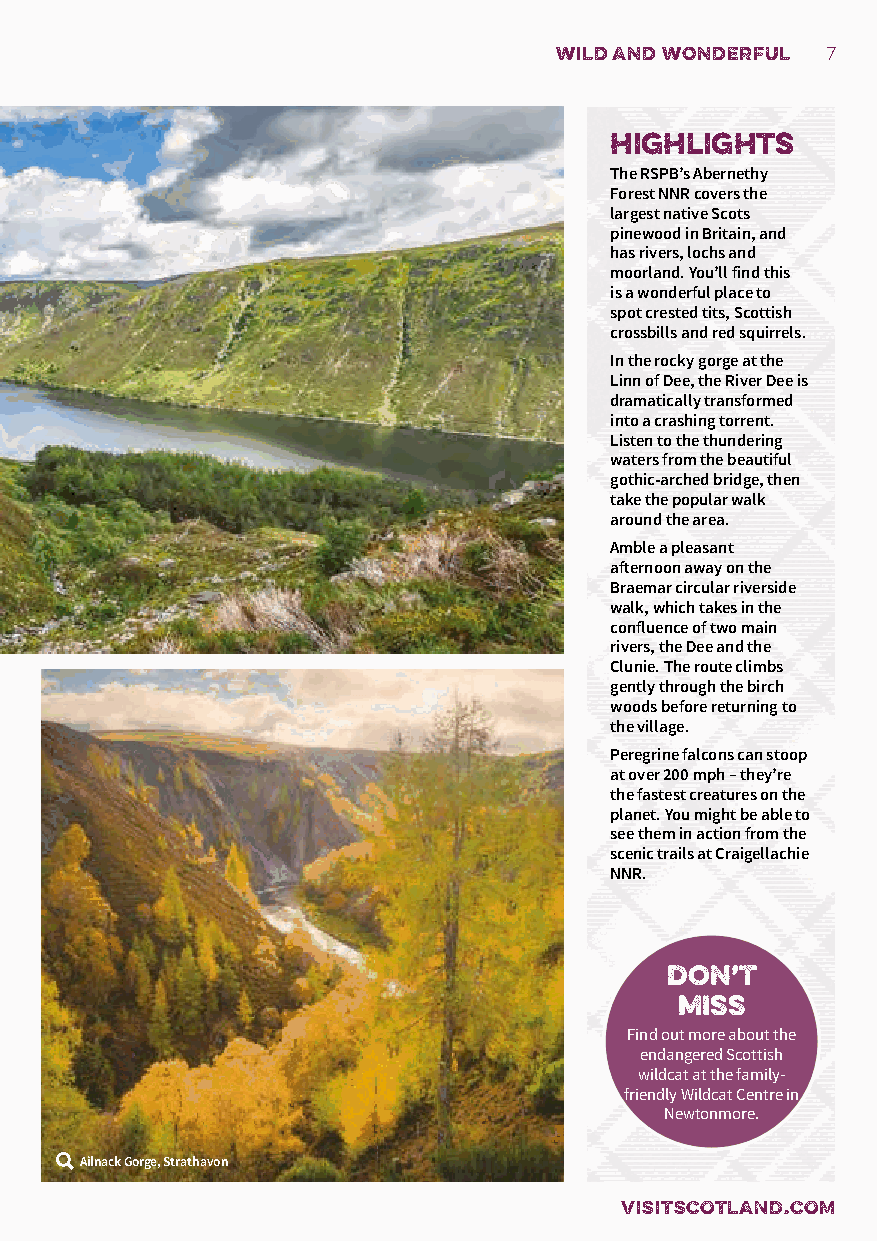
wild and wonderful 7
 highlights
 The RSPB’s Abernethy
 Forest NNR covers the
 largest native Scots
 pinewood in Britain, and
 has rivers, lochs and
 moorland. You’ll find this
 is a wonderful place to
 spot crested tits, Scottish
 crossbills and red squirrels.
 In the rocky gorge at the
 Linn of Dee, the River Dee is
 dramatically transformed
 into a crashing torrent.
 Listen to the thundering
 waters from the beautiful
 gothic-arched bridge, then
 take the popular walk
 around the area.
 Amble a pleasant
 afternoon away on the
 Braemar circular riverside
 walk, which takes in the
 confluence of two main
 rivers, the Dee and the
 Clunie. The route climbs
 gently through the birch
 woods before returning to
 the village.
 Peregrine falcons can stoop
 at over 200 mph – they’re
 the fastest creatures on the
 planet. You might be able to
 see them in action from the
 scenic trails at Craigellachie
 NNR.
 don’t
 miss
 Find out more about the
 endangered Scottish
 wildcat at the family-
 friendly Wildcat Centre in
 Newtonmore.
 Ailnack Gorge, Strathavon
 VISITSCOTLAND.COM